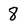
Character: 8